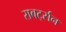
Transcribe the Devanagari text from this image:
राबर्ट्सन